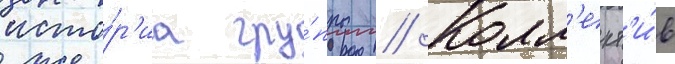
исто́р'иа гру́ппы // Колл'ект'и́в